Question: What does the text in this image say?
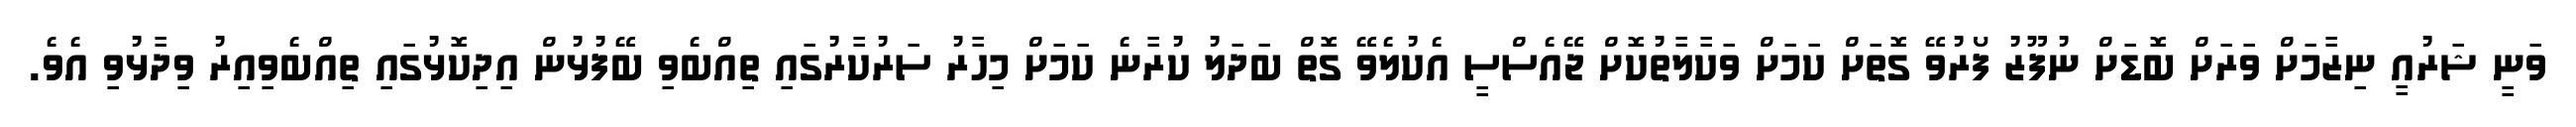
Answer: ވަނީ ޝަރުއީ ނިޒާމަށް ވަރަށް ބޮޑަށް ނުފޫޒު ފޯރުވޭ ގޮތަށް ކަމަށް ވަކާލާތުކޮށް ޖޭއެސްސީ އެކުލެވޭ ގޮތް ބަދަލު ކުރާނެ ކަމަށް މިހާރު ސަރުކާރުގައި ތިއްބެވި ބޭފުޅުން އިދިކޮޅުގައި ތިއްބެވިއިރު ވިދާޅުވި އެވެ.